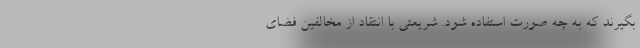
بگیرند که به چه صورت استفاده شود. شریعتی با انتقاد از مخالفین فضای